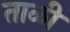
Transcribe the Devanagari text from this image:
ताळी